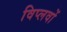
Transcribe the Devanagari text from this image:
विप्लवों